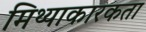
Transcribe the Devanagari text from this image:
मिथ्याकारकता